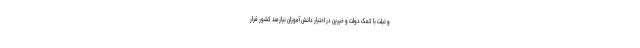
و تبلت با کمک دولت و خیرین در اختیار دانش آموزان نیازمند کشور قرار